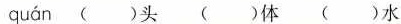
quán ( )头 ( )体 ( )水